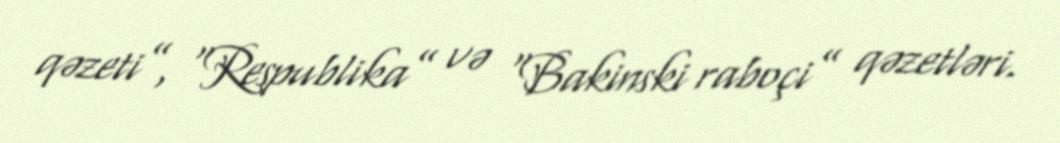
qəzeti”, “Respublika” və “Bakinski raboçi” qəzetləri.